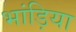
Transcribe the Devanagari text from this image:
भांड़िया